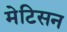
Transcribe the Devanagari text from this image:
मेटिसन